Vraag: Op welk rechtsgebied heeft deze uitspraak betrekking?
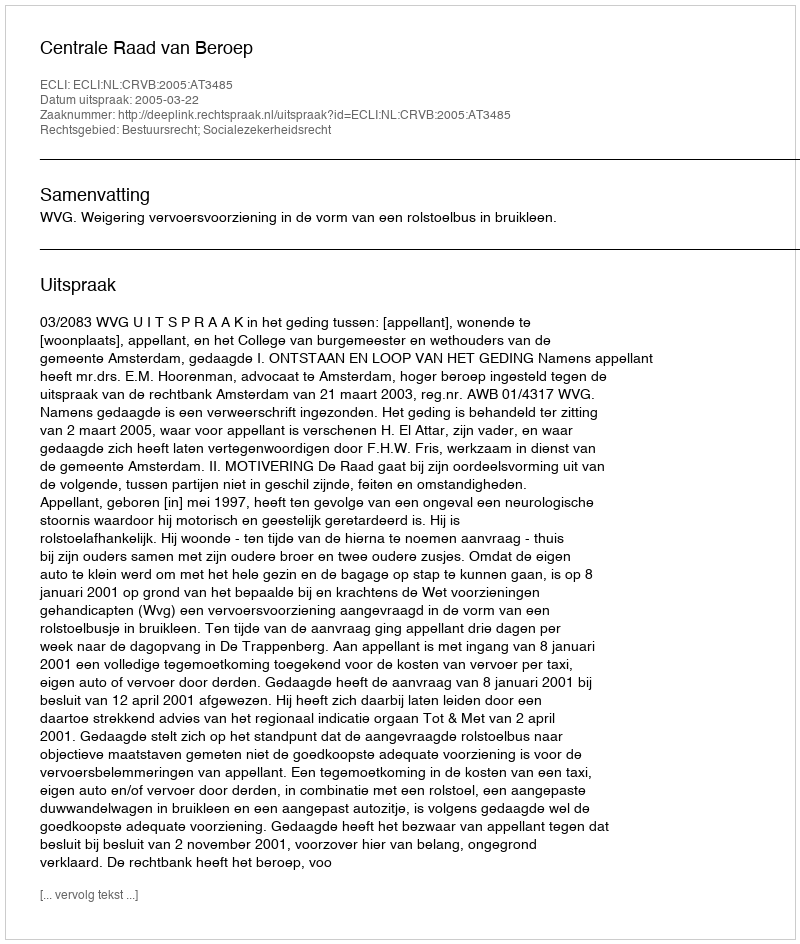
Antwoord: Bestuursrecht; Socialezekerheidsrecht